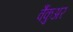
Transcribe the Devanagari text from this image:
वैंकुअर